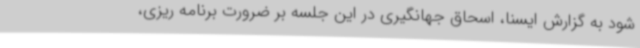
شود به گزارش ایسنا، اسحاق جهانگیری در این جلسه بر ضرورت برنامه ریزی،